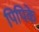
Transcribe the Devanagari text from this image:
पिपिके